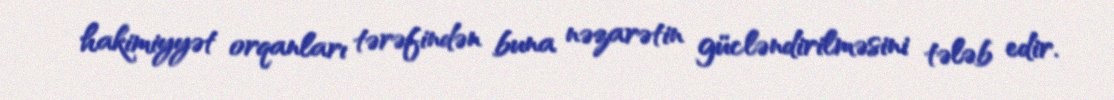
hakimiyyət orqanları tərəfindən buna nəzarətin gücləndirilməsini tələb edir.